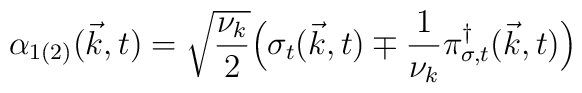
{\alpha}_{1(2)}({\vec k},t) =  \sqrt{\frac{{\nu}_k}{2}}\Big( {\sigma}_t({\vec k},t) \mp \frac{1}{{\nu}_k}{\pi}_{{\sigma},t}^{\dagger}({\vec k},t) \Big)